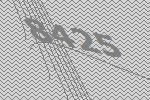
8425